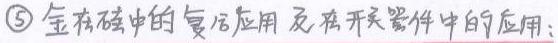
$\textcircled{5}$金在磁中的复杂应用及在开关器件中的应用: